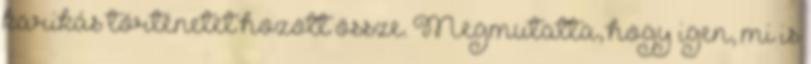
karikás történetet hozott össze. Megmutatta, hogy igen, mi is